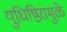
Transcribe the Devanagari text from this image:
युधिष्ठिरामुळे